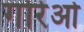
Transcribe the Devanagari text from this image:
गोरेओ